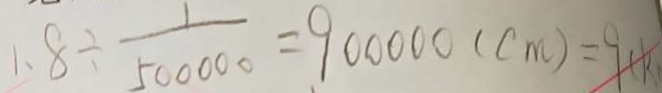
1 . 8 \div \frac { 1 } { 5 0 0 0 0 0 } = 9 0 0 0 0 0 ( c m ) = 9 ( k )